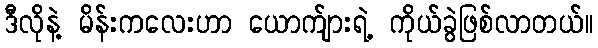
ဒီလိုနဲ့ မိန်းကလေးဟာ ယောက်ျားရဲ့ ကိုယ်ခွဲဖြစ်လာတယ်။